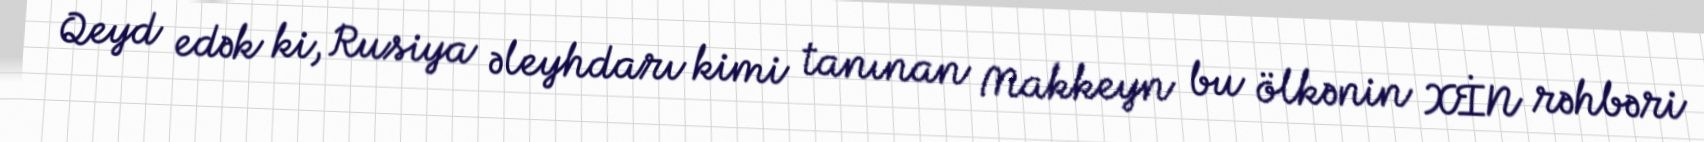
Qeyd edək ki, Rusiya əleyhdarı kimi tanınan Makkeyn bu ölkənin XİN rəhbəri